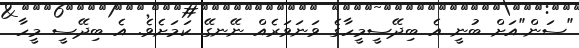
"ސަން"އަށް ބުނީ އެ ބިދޭސީމީހާގެ ވަނަވަރެއް ނޭނގޭ ކަމަށެވެ. އެ ބިދޭސީ މީހާ